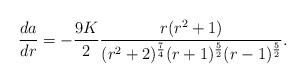
LaTeX: \begin{align*}\frac{da}{dr}=-\frac{9K}{2}\frac{r(r^{2}+1)}{(r^{2}+2)^{\frac{7}{4}}(r+1)^{\frac{5}{2}}(r-1)^{\frac{5}{2}}}.\end{align*}